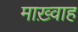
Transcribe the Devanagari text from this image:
माख़्वाह